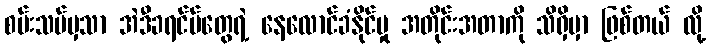
စမ်းသပ်မှသာ အဲဒီခရင်မ်တွေရဲ့ နေလောင်ခံနိုင်မှု အတိုင်းအတာကို သိရှိမှာ ဖြစ်တယ် လို့